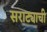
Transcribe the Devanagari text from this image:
सराट्याची